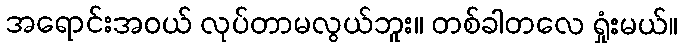
အရောင်းအဝယ် လုပ်တာမလွယ်ဘူး။ တစ်ခါတလေ ရှုံးမယ်။